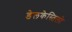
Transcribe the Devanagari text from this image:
डेलकेस्तिलो